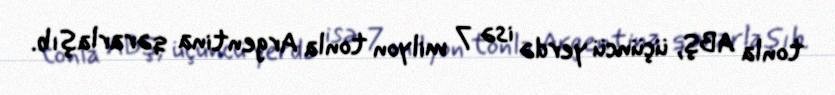
tonla ABŞ, üçüncü yerdə isə 7 milyon tonla Argentina qərarlaşıb.